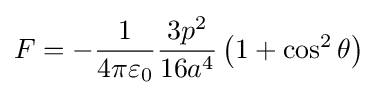
F=-{\frac {1}{4\pi \varepsilon _{0}}}{\frac {3p^{2}}{16a^{4}}}\left(1+\cos ^{2}\theta \right)